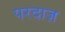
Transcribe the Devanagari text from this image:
परदाज़